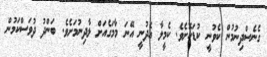
ގެނެސްދިނުމުން ކެވުނީ ކުޑަކޮށެވެ. ކެމީލާ އެދުނީ އޭނަ މާމަގެއަށް ލާދިނުމަށެވެ. ބަންދު ދުވަސްކަމުން